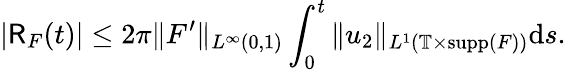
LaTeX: |\mathsf{R}_{F}(t)|\leq 2\pi\| F^{\prime}\| _{L^{\infty}(0,1)}\int_{0}^{t}\| u_{2}\| _{L^{1}(\mathbb{T}\times\mathrm{supp}(F))}\mathrm{d}s.